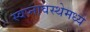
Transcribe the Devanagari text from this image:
स्वप्नावस्थेमध्ये